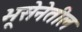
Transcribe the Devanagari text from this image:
भूसेनेतील